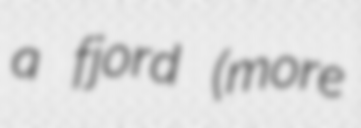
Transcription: a fjord (more